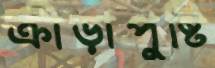
ক্রীড়াপুষ্টি